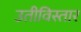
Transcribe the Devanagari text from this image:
उतीविस्तार